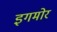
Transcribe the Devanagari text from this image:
इगमोर